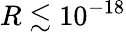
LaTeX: R\lesssim 10^{-18}